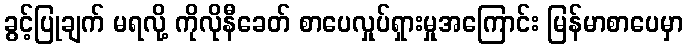
ခွင့်ပြုချက် မရလို့ ကိုလိုနီခေတ် စာပေလှုပ်ရှားမှုအကြောင်း မြန်မာစာပေမှာ